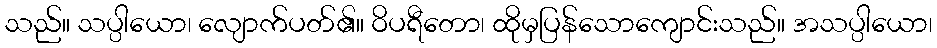
သည်။ သပ္ပါယော၊ လျောက်ပတ်၏။ ဝိပရီတော၊ ထိုမှပြန်သောကျောင်းသည်။ အသပ္ပါယော၊